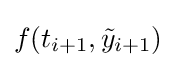
f(t_{i+1},{\tilde {y}}_{i+1})